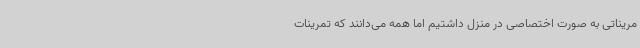
مریناتی به صورت اختصاصی در منزل داشتیم اما همه می‌دانند که تمرینات